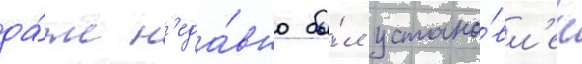
да́же н'еда́вно бы́л устано́вл'ен